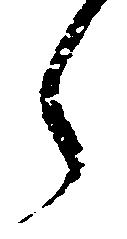
ら